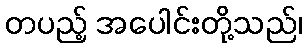
တပည့် အပေါင်းတို့သည်၊